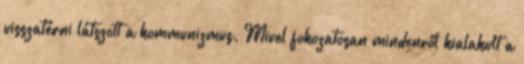
visszatérni látszott a kommunizmus. Mivel fokozatosan mindenről kialakult a